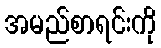
အမည်စာရင်းကို